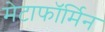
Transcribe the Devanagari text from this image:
मेटाफॉर्मिन